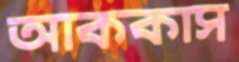
আককাস